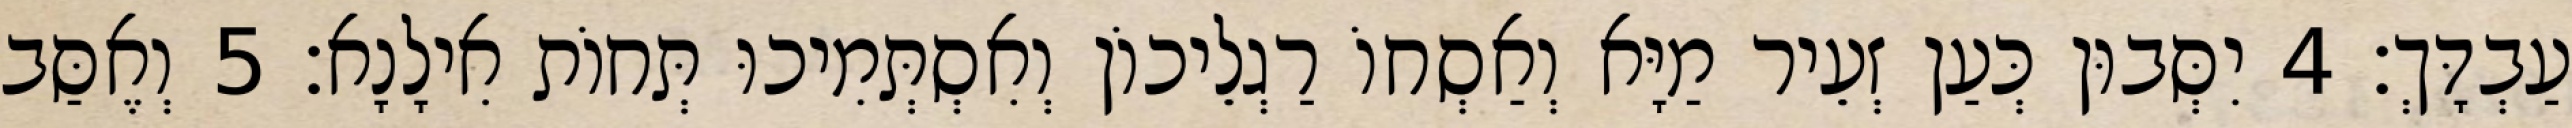
עַבְדָּךְ׃ 4 יִסְּבוּן כְּעַן זְעֵיר מַיָּא וְאַסְחוֹ רַגְלֵיכוֹן וְאִסְתְּמִיכוּ תְּחוֹת אִילָנָא׃ 5 וְאֶסַּב